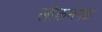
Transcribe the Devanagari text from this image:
लोकमंगळ